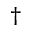
\dag